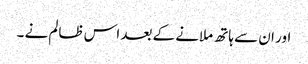
اور ان سے ہاتھ ملانے کے بعد اس ظالم نے ۔